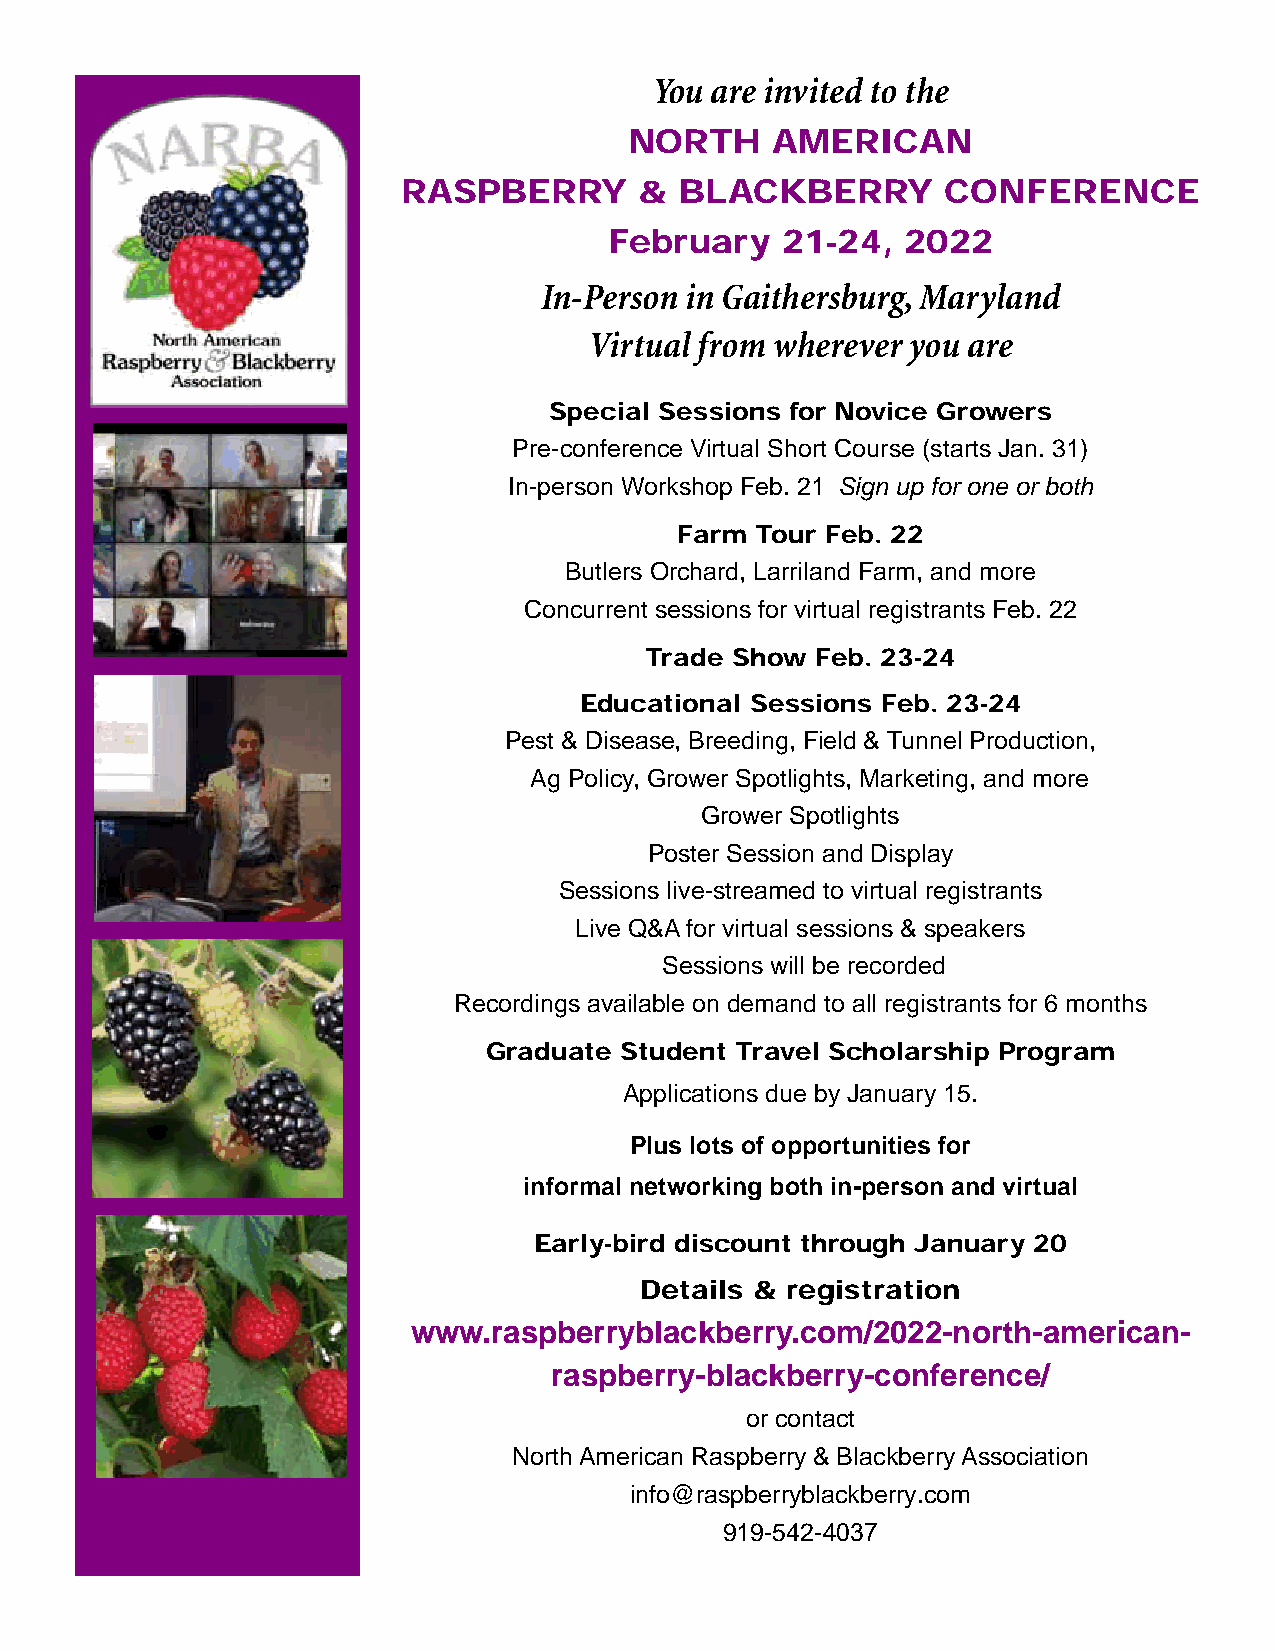
You are invited to the
 NORTH    AMERICAN
 RASPBERRY      &  BLACKBERRY        CONFERENCE
 February    21-24,  2022
 In-Person in Gaithersburg, Maryland
 Virtual from wherever you are
 Special Sessions for Novice Growers
 Pre-conference Virtual Short Course (starts Jan. 31)
 In-person Workshop Feb. 21 Sign up for one or both
 Farm Tour Feb. 22
 Butlers Orchard, Larriland Farm, and more
 Concurrent sessions for virtual registrants Feb. 22
 Trade Show Feb. 23-24
 Educational Sessions Feb. 23-24
 Pest & Disease, Breeding, Field & Tunnel Production,
 Ag Policy, Grower Spotlights, Marketing, and more
 Grower Spotlights
 Poster Session and Display
 Sessions live-streamed to virtual registrants
 Live Q&A for virtual sessions & speakers
 Sessions will be recorded
 Recordings available on demand to all registrants for 6 months
 Graduate Student Travel Scholarship Program
 Applications due by January 15.
 Plus lots of opportunities for
 informal networking both in-person and virtual
 Early-bird discount through January 20
 Details & registration
 www.raspberryblackberry.com/2022-north-american-
 raspberry-blackberry-conference/
 or contact
 North American Raspberry & Blackberry Association
 info@raspberryblackberry.com
 919-542-4037